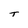
Character: T